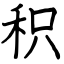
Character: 积